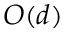
O ( d )